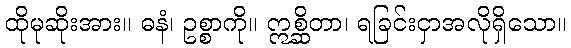
ထိုမုဆိုးအား။ ဓနံ၊ ဥစ္စာကို။ ဣစ္ဆိတာ၊ ရခြင်းငှာအလိုရှိသော။